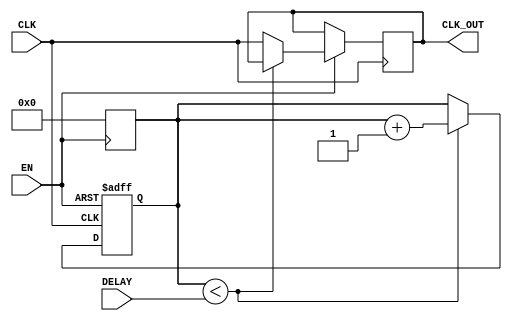
module DelayClockBuffer (
    input wire CLK,          // Input clock signal
    input wire EN,          // Enable signal
    input wire [3:0] DELAY, // Delay control (4-bit for up to 15 clock cycles delay)
    output reg CLK_OUT       // Delayed output clock signal
);

    // Internal signal to hold the delayed clock state
    reg [3:0] delay_counter; // Counter for delay cycles
    reg clk_delayed;         // Intermediate delayed clock signal

    // Clock generation with delay
    always @(posedge CLK or negedge EN) begin
        if (!EN) begin
            // When disabled, hold the last state of CLK_OUT
            CLK_OUT <= CLK_OUT; // Maintain last state
            delay_counter <= 0;  // Reset delay counter
        end else begin
            // If enabled, introduce delay
            if (delay_counter < DELAY) begin
                delay_counter <= delay_counter + 1; // Increment delay counter
            end else begin
                // After the specified delay, output the delayed clock
                CLK_OUT <= CLK; // Output the delayed clock
            end
        end
    end

    // Reset delay counter when EN is deactivated
    always @(negedge EN) begin
        delay_counter <= 0; // Reset counter on enable signal deactivation
    end

endmodule